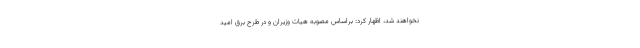
نخواهند شد، اظهار کرد: براساس مصوبه هیات وزیران و در طرح برق امید